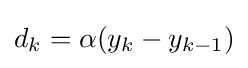
d_{k}=\alpha (y_{k}-y_{k-1})